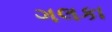
ગલકા